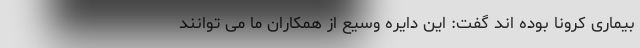
بیماری کرونا بوده اند گفت: این دایره وسیع از همکاران ما می توانند